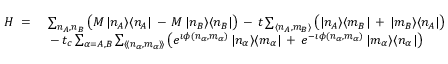
\begin{array} { r l } { H \; = \; } & { \sum _ { n _ { A } , n _ { B } } \big ( M \, | n _ { A } \rangle \langle n _ { A } | \, - \, M \, | n _ { B } \rangle \langle n _ { B } | \big ) \, - \, t \sum _ { \langle n _ { A } , m _ { B } \rangle } \big ( | n _ { A } \rangle \langle m _ { B } | \, + \, | m _ { B } \rangle \langle n _ { A } | \big ) } \\ & { \, - \, t _ { c } \sum _ { \alpha = A , B } \sum _ { \langle \! \langle n _ { \alpha } , m _ { \alpha } \rangle \! \rangle } \big ( e ^ { \imath \phi ( n _ { \alpha } , m _ { \alpha } ) } \, | n _ { \alpha } \rangle \langle m _ { \alpha } | \, + \, e ^ { - \imath \phi ( n _ { \alpha } , m _ { \alpha } ) } \, | m _ { \alpha } \rangle \langle n _ { \alpha } | \big ) } \end{array}